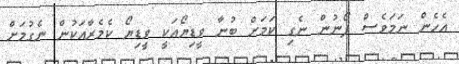
އެހެން ނަމަވެސް ފޯނުން ނެގި ކަމަށް ބުނާ ވީޑިޔޯއަކީ ވީޑިޔޯ ކެމެރާއަކުން ނެގުމަށް